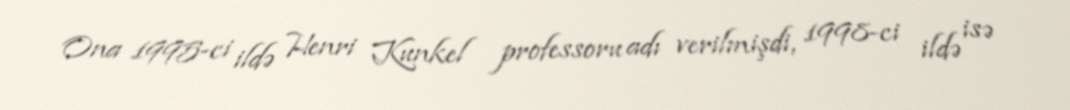
Ona 1995-ci ildə Henri Kunkel professoru adı verilmişdi, 1998-ci ildə isə